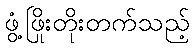
ဖွံ့ဖြိုးတိုးတက်သည့်